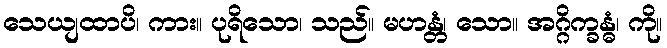
သေယျထာပိ၊ ကား။ ပုရိသော၊ သည်။ မဟန္တံ၊ သော။ အဂ္ဂိက္ခန္ဓံ၊ ကို။